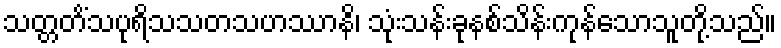
သတ္တတိံသပုရိသသတသဟဿာနိ၊ သုံးသန်းခုနစ်သိန်းကုန်သောသူတို့သည်။